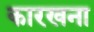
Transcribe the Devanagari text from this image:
कारखना